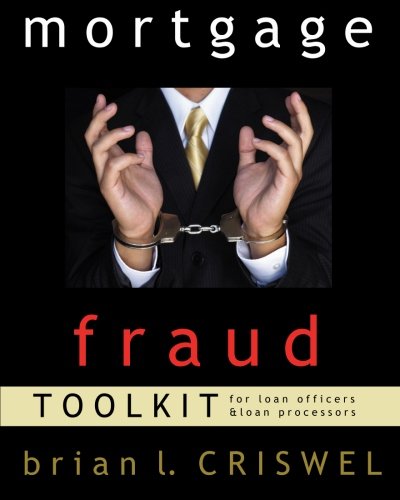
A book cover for Mortgage Fraud Toolkit: for Loan Originators and Loan Processors; Brian L. Criswel; Business & Money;